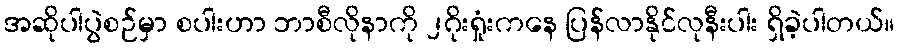
အဆိုပါပွဲစဉ်မှာ စပါးဟာ ဘာစီလိုနာကို ၂ဂိုးရှုံးကနေ ပြန်လာနိုင်လုနီးပါး ရှိခဲ့ပါတယ်။